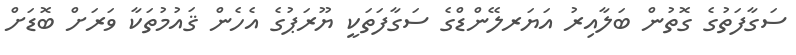
ސަގާފަތުގެ ގޮތުން ބަލާއިރު އަޔަރލޭންޑްގެ ސަގާފަތަކީ ޔޫރަޕުގެ އެހެން ޤައުމުތަކާ ވަރަށް ބޮޑަށް